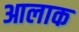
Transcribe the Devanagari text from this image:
आलाक